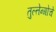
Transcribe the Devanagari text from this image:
तुल्तेन्गोचे